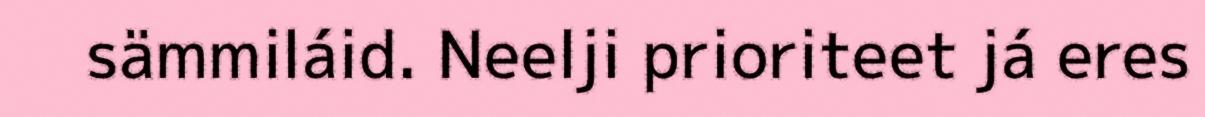
sämmiláid. Neelji prioriteet já eres